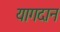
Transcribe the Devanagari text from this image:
यागदान